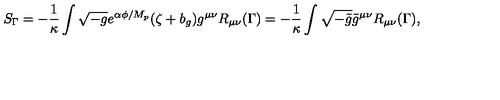
S _ { \Gamma } = - \frac { 1 } { \kappa } \int \sqrt { - g } e ^ { \alpha \phi / M _ { p } } ( \zeta + b _ { g } ) g ^ { \mu \nu } R _ { \mu \nu } ( \Gamma ) = - \frac { 1 } { \kappa } \int \sqrt { - \tilde { g } } \tilde { g } ^ { \mu \nu } R _ { \mu \nu } ( \Gamma ) ,